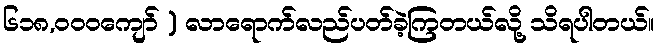
၆၁၈,၀၀၀ကျော် ) လာရောက်လည်ပတ်ခဲ့ကြတယ်လို့ သိရပါတယ်။